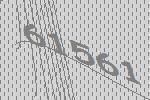
61561